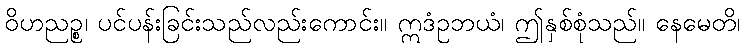
ဝိဟညဉ္စ၊ ပင်ပန်းခြင်းသည်လည်းကောင်း။ ဣဒံဥဘယံ၊ ဤနှစ်စုံသည်။ နေမေတိ၊